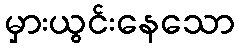
မှားယွင်းနေသော